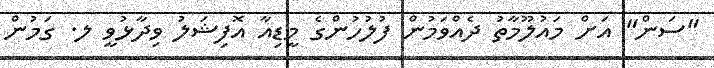
"ސަން" އަށް މައުލޫމާތު ދެއްވަމުން ފުލުހުންގެ މީޑިއާ އޮފިޝަލު ވިދާޅުވީ ލ. ގަމުން